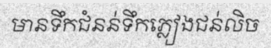
មានទឹកជំនន់ទឹកភ្លៀងជន់លិច